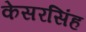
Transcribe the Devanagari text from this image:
केसरसिंह